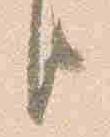
臣